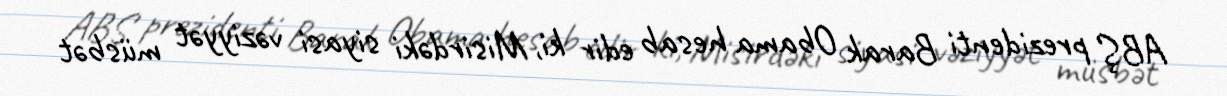
ABŞ prezidenti Barak Obama hesab edir ki, Misirdəki siyasi vəziyyət müsbət